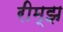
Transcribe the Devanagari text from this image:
रीम्झ